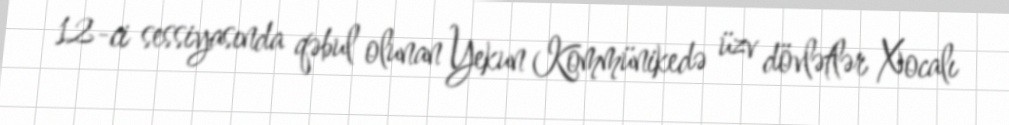
12-ci sessiyasında qəbul olunan Yekun Kommünikedə üzv dövlətlər Xocalı